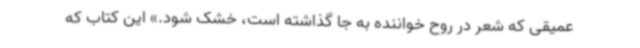
عمیقی که شعر در روح خواننده به جا گذاشته است، خشک شود.» این کتاب که